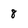
Character: 8